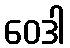
ဝေဒါ